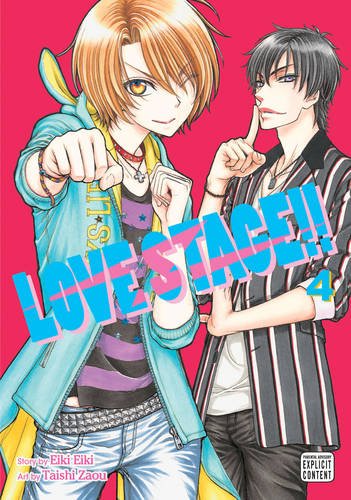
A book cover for Love Stage!!, Vol. 4; Eiki Eiki; Comics & Graphic Novels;